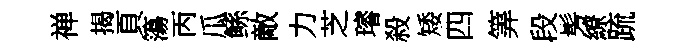
禅揭頁簜丙瓜鲧敵力芝璿殺矮四筭段髣繚䟽